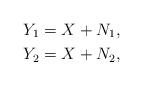
LaTeX: \begin{align*}Y_1&= X+N_1,\\Y_2&=X+N_2,\end{align*}